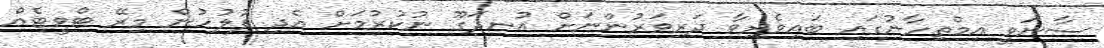
ސާނަވީ އިމްތިހާނުގައި ބައިވެރިވާ ދަރިވަރުންނަށް އުނދަގޫ ނުކުރުމަށް އެދި ފުލުހުން މިރޭ ޓްވީޓެއް